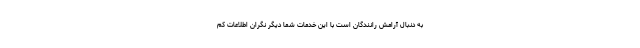
به دنبال آرامش رانندگان است با این خدمات شما دیگر نگران اطلاعات کم